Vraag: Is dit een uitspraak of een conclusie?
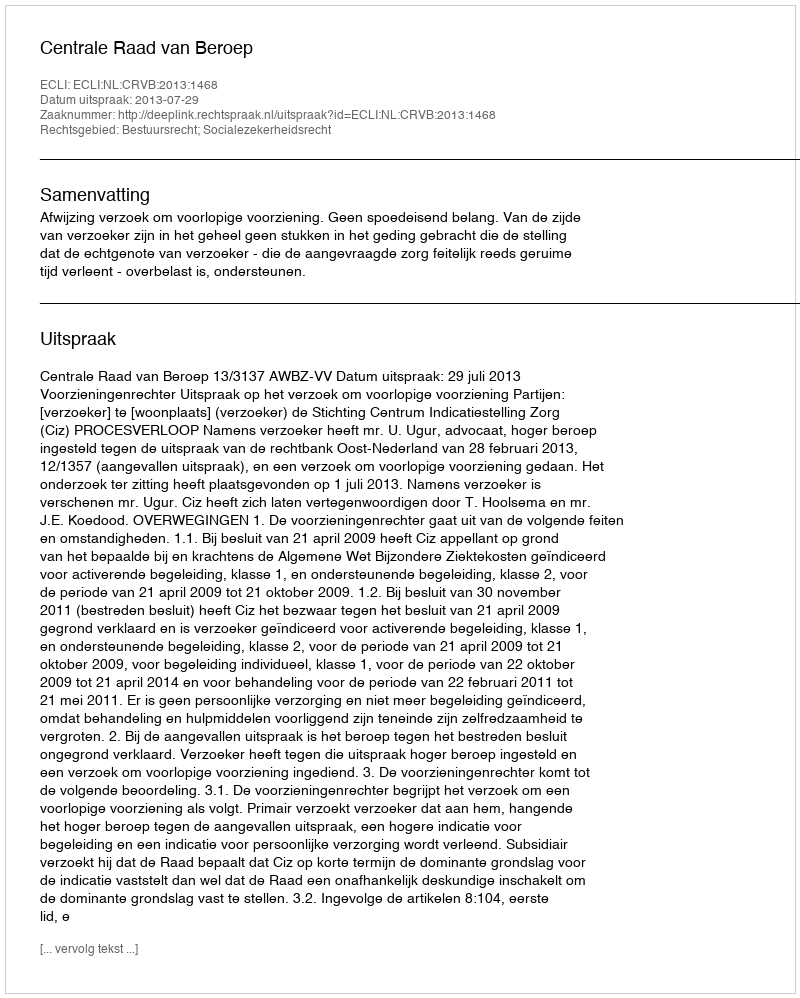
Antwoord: Uitspraak